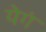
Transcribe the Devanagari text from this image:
येगं